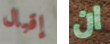
إقبال ان